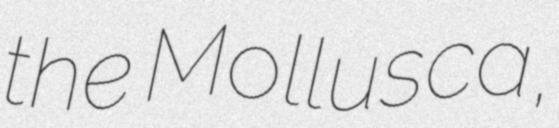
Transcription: the Mollusca,